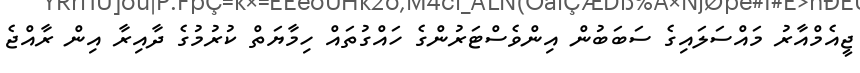
ޖީއެމްއާރު މައްސަލައިގެ ސަބަބުން އިންވެސްޓަރުންގެ ހައްގުތައް ހިމާޔަތް ކުރުމުގެ ދާއިރާ އިން ރާއްޖެ